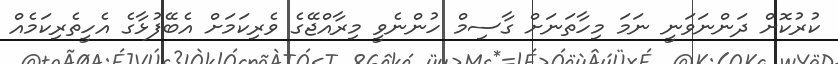
ކުރުކޮށް ދަންނަވަނީ ނަމަ މިހާތަނަށް ގާސިމް ހުންނެވީ މިރާއްޖޭގެ ވެރިކަމަށް އެބޭފުޅާގެ އެހީތެރިކަމެއް